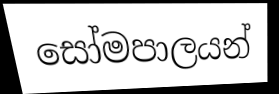
සෝමපාලයන්